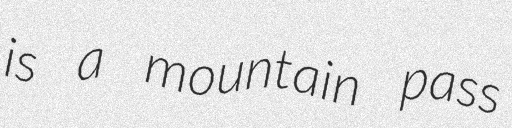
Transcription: is a mountain pass